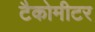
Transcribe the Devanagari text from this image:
टैकोमीटर